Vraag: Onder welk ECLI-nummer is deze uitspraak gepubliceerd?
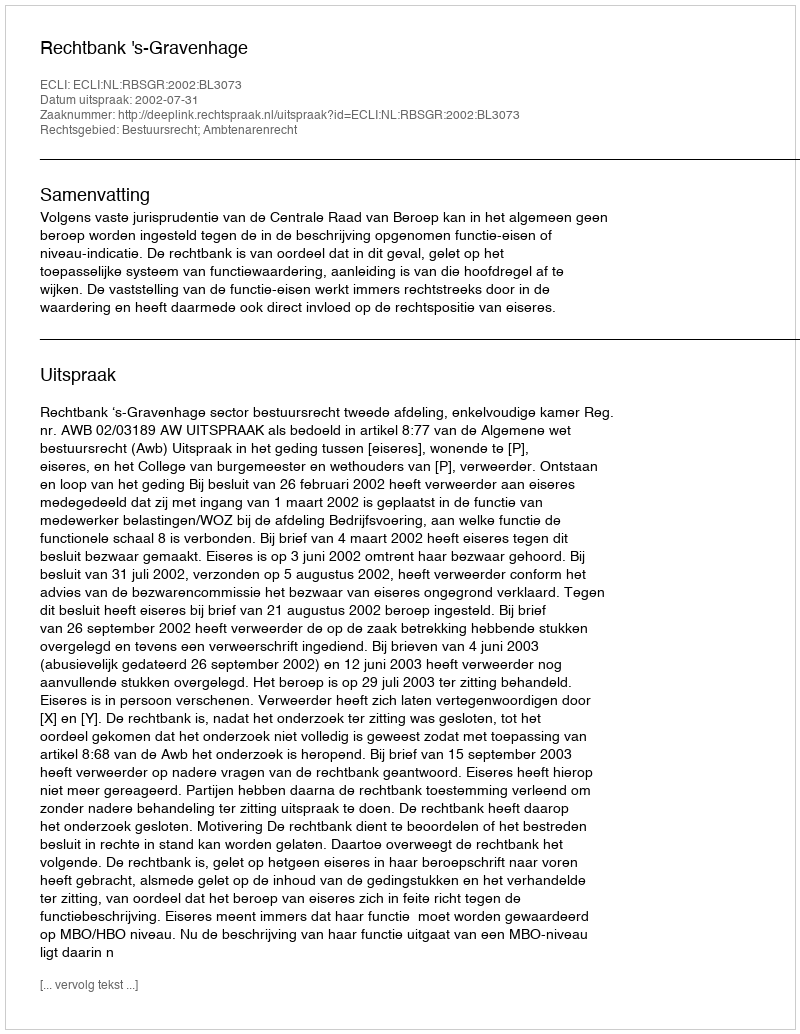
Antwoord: ECLI:NL:RBSGR:2002:BL3073